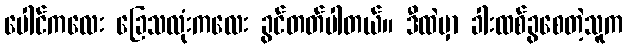
ပေါင်ကလေး ခြေသလုံးကလေး ခွင်တတ်ပါတယ်။ ဒီထဲမှာ ခါးထစ်ခွစေတဲ့သူက